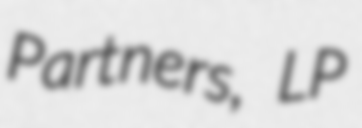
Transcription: Partners, LP